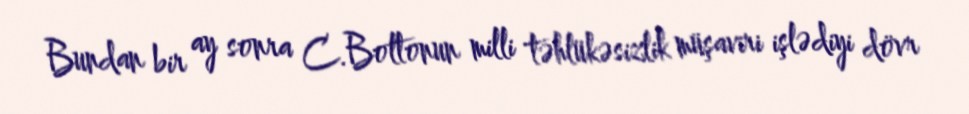
Bundan bir ay sonra C.Boltonun milli təhlükəsizlik müşaviri işlədiyi dövr